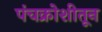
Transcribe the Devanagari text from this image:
पंचक्रोशीतून